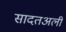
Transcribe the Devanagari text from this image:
सादतअली